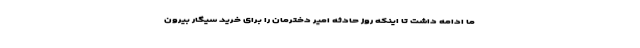
ما ادامه داشت تا اینکه روز حادثه امیر دخترمان را برای خرید سیگار بیرون